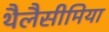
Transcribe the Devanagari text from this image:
थैलैसीमिया